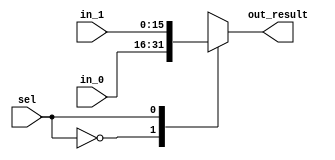
/*
Design: Mux
File Name: Mux.v
Function: 2:1 Mux
Author: Spencer Halsey
*/

module Mux(

	input [15:0] in_0 , // Mux first input
	input [15:0] in_1 , // Mux second input
	input sel, // Select Bit
	output reg [15:0] out_result
);


//Code

always @ (sel or in_0 or in_1)
begin: MUX

case(sel) 
     1'b0 : out_result = in_0;
     1'b1 : out_result = in_1;
  endcase
 end
 
 endmodule